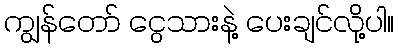
ကျွန်တော် ငွေသားနဲ့ ပေးချင်လို့ပါ။